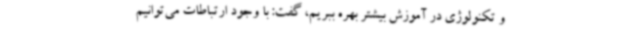
و تکنولوژی در آموزش بیشتر بهره ببریم، گفت: با وجود ارتباطات می‌توانیم